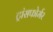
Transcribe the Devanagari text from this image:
ट्रांसफोर्मर